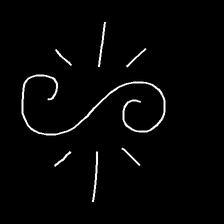
Glyph: wind-directs-air